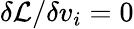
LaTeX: \delta\mathcal{L}/\delta v_{i}=0